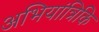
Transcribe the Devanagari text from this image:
अभियांत्रिकि